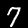
Label: 7